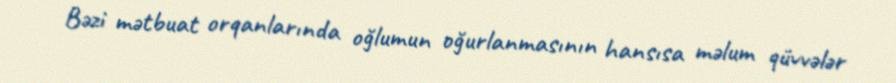
Bəzi mətbuat orqanlarında oğlumun oğurlanmasının hansısa məlum qüvvələr